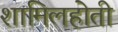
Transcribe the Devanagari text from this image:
शामिलहोती